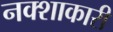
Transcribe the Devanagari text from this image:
नक्शाकारी